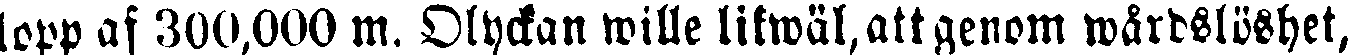
lopp af 300,000 m. Olyckan wille likwäl, att genom wårdslöshet,